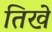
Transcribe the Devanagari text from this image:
तिखे